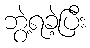
ဘွဲ့ရခဲ့ပြီး